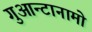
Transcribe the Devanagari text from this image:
गुआन्टानामो